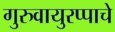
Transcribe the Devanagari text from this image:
गुरुवायुरप्पाचे